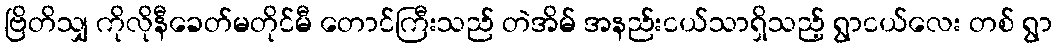
ဗြိတိသျှ ကိုလိုနီခေတ်မတိုင်မီ တောင်ကြီးသည် တဲအိမ် အနည်းငယ်သာရှိသည့် ရွာငယ်လေး တစ် ရွာ